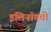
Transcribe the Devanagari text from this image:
इलिनॉयची